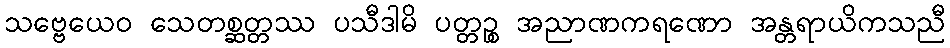
သဗ္ဗေယေဝ သေတစ္ဆတ္တဿ ပသီဒါမိ ပတ္တဉ္စ အညာဏကရဏော အန္တရာယိကသညီ